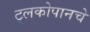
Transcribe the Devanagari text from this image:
ट्लकोपानचे